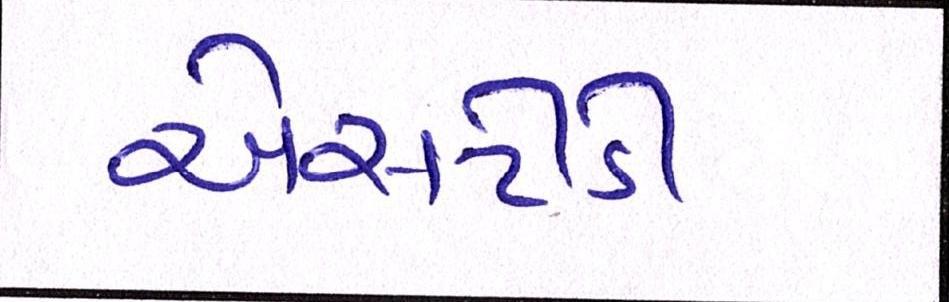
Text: એસટીડી